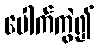
ပေါက်ကွဲ၍